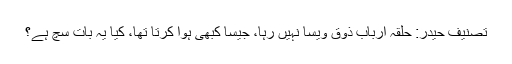
تصنیف حیدر: حلقہ ارباب ذوق ویسا نہیں رہا، جیسا کبھی ہوا کرتا تھا، کیا یہ بات سچ ہے؟